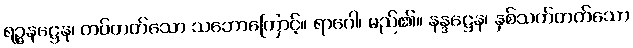
ရဉ္ဇနဋ္ဌေန၊ တပ်တတ်သော သဘောကြောင့်။ ရာဂေါ၊ မည်၏။ နန္ဒဋ္ဌေန၊ နှစ်သက်တတ်သော